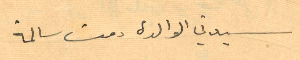
سيدتي الوالدة دمت سالمة